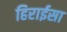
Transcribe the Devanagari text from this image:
हिराईसा